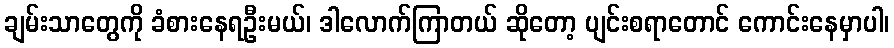
ချမ်းသာတွေကို ခံစားနေရဦးမယ်၊ ဒါလောက်ကြာတယ် ဆိုတော့ ပျင်းစရာတောင် ကောင်းနေမှာပါ၊